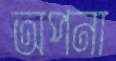
অপনা